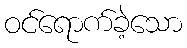
ဝင်ရောက်ခဲ့သော